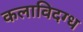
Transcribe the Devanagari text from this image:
कलाविदग्ध